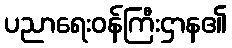
ပညာရေးဝန်ကြီးဌာန၏